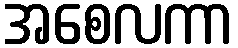
အစေလကာ